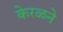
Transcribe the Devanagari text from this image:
केरळने